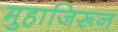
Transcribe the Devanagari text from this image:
मुहाजिरून